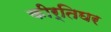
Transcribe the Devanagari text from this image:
कीर्तिघर